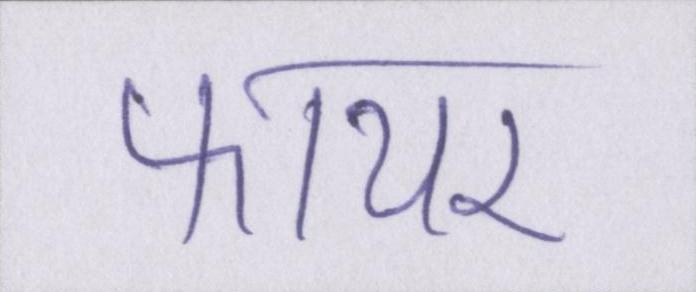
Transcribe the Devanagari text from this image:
फायर